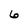
Character: 6